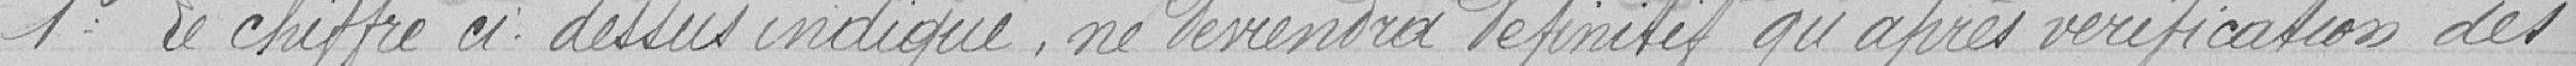
1° Ce chiffre ci-dessus indiqué, ne deviendra définitif qu'après vérification des